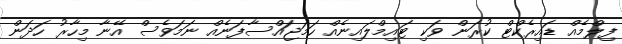
ފިލްމެއް ޑައިރެކްޓް ކުރަން ވަކި ޓައިމްލައިނެއް ހަމަޖައްސާފަނެއް ނަމަވެސް އޭނާ މިހާރު ހަދަން